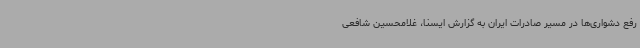
رفع دشواری‌ها در مسیر صادرات ایران به گزارش ایسنا، غلامحسین شافعی